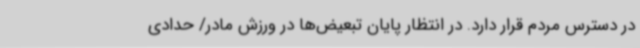
در دسترس مردم قرار دارد. در انتظار پایان تبعیض‌ها در ورزش مادر/ حدادی